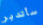
سأتدبر